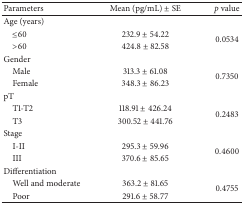
<table><thead><tr><td><b>Parameters</b></td><td><b>Mean (pg/mL) ± SE</b></td><td><b><i>p</i> value</b></td></tr></thead><tbody><tr><td>Age (years)</td><td> </td><td> </td></tr><tr><td> ≤60</td><td>232.9 ± 54.22</td><td rowspan="2">0.0534</td></tr><tr><td> &gt;60</td><td>424.8 ± 82.58</td></tr><tr><td>Gender</td><td> </td><td> </td></tr><tr><td> Male</td><td>313.3 ± 61.08</td><td rowspan="2">0.7350</td></tr><tr><td> Female</td><td>348.3 ± 86.23</td></tr><tr><td>pT</td><td> </td><td> </td></tr><tr><td> T1-T2</td><td>118.91 ± 426.24</td><td rowspan="2">0.2483</td></tr><tr><td> T3</td><td>300.52 ± 441.76</td></tr><tr><td>Stage</td><td> </td><td> </td></tr><tr><td> I-II</td><td>295.3 ± 59.96</td><td rowspan="2">0.4600</td></tr><tr><td> III</td><td>370.6 ± 85.65</td></tr><tr><td>Differentiation</td><td> </td><td> </td></tr><tr><td> Well and moderate</td><td>363.2 ± 81.65</td><td rowspan="2">0.4755</td></tr><tr><td> Poor</td><td>291.6 ± 58.77</td></tr></tbody></table>